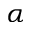
\alpha